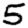
Digit: 5